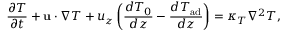
\frac { \partial T } { \partial t } + \mathbf { u } \cdot \nabla T + u _ { z } \left( \frac { d T _ { 0 } } { d z } - \frac { d T _ { \mathrm { a d } } } { d z } \right) = \kappa _ { T } \nabla ^ { 2 } T ,